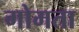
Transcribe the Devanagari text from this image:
गोमता